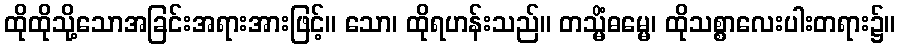
ထိုထိုသို့သောအခြင်းအရားအားဖြင့်။ သော၊ ထိုရဟန်းသည်။ တသ္မိံဓမ္မေ၊ ထိုသစ္စာလေးပါးတရား၌။